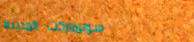
سوبرماركت المدينة